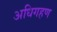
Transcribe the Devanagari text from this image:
अधिगहण